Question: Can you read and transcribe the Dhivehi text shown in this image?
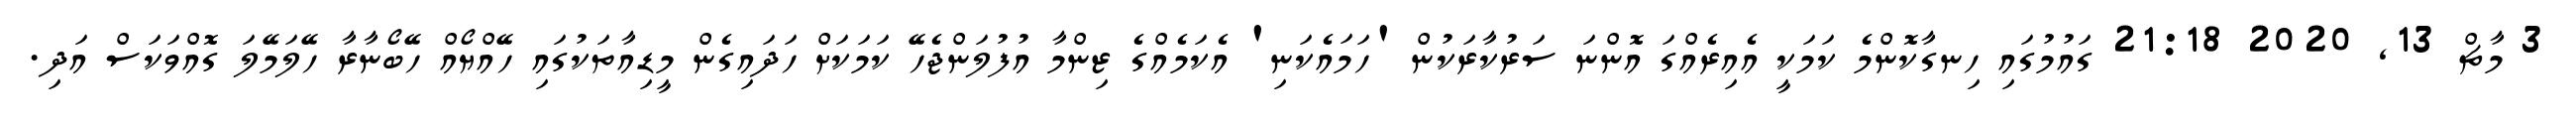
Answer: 3 މާޗް 13, 2020 21:18 ގައުމުގައި ހިނގާކޮންމެ ކަމަކީ އެއިރެއްގަ އޮންނަ ސަރުކާރަކުން 'ހަމައެކަނި' އެކަމެއްގެ ޒިންމާ އުފުލަންޖެހޭ ކަމަކަށް ހަދައިގެން މީޑިއާތަކުގައި ހޭއްޔޯއް ހޭބޯނާރާ ހޭލަމޭލަ ގޮއްވަކަސް އަދި.